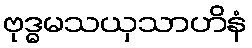
ဗုဒ္ဓမသယှသာဟိနံ